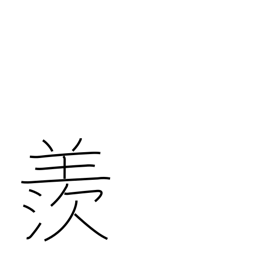
Meaning: envious